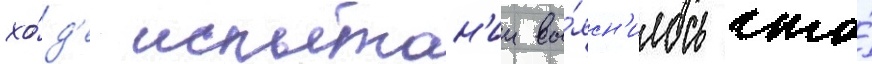
хо́д'е испытан'ии вы́ясн'илось что́